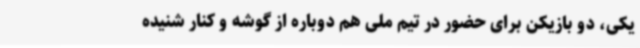
یکی، دو بازیکن برای حضور در تیم ملی هم دوباره از گوشه و کنار شنیده